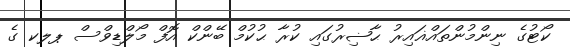
ކޯޓުގެ ނިންމުންތައްޣައިރު ޙާޟިރުގައި ކުރާ ޙުކުމް ބޭންކް އޮފް މޯލްޑިވްސް ޕލކ ގެ